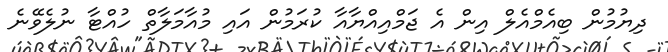
ދިޔުމުން ބިއެމްއެލް އިން އެ ޖަމްއިއްޔާއާ ކުރަމުން އައި މުއާމަލާތް ހުއްޓާ ނުލެވޭނެ